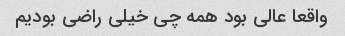
واقعا عالی بود همه چی خیلی راضی بودیم